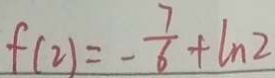
f ( 2 ) = - \frac { 7 } { 6 } + \ln 2